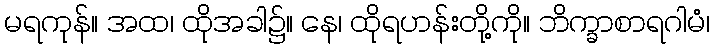
မရကုန်။ အထ၊ ထိုအခါ၌။ နေ၊ ထိုရဟန်းတို့ကို။ ဘိက္ခာစာရဂါမံ၊